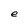
Character: e